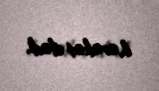
hərəkət elədi.